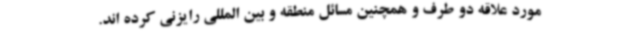
مورد علاقه دو طرف و همچنین مسائل منطقه و بین المللی رایزنی کرده اند.